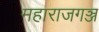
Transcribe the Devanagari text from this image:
महाराजगञ्ज